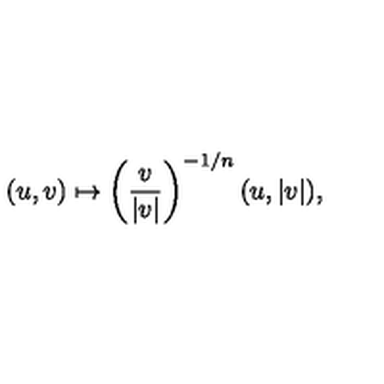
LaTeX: ( u , v ) \mapsto \left( \frac { v } { | v | } \right) ^ { - 1 / n } ( u , | v | ) ,